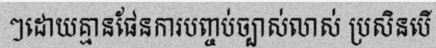
ៗដោយគ្មានផែនការបញ្ចប់ច្បាស់លាស់ ប្រសិនបើ